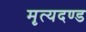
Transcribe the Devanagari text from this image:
मृत्यदण्ड